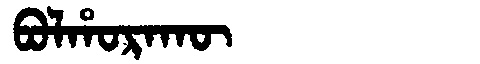
Manchu: ᠪᠣᠯᡥᠣᡵᠠᡴᡡ
Romanization: BOLHORAKŪ